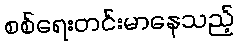
စစ်ရေးတင်းမာနေသည့်